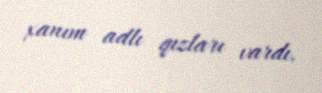
xanım adlı qızları vardı.